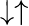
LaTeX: \downarrow\uparrow